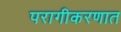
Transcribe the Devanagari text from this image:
परागीकरणात